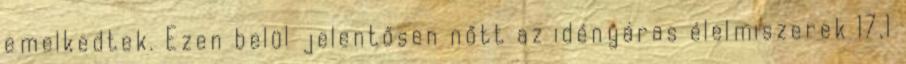
emelkedtek. Ezen belül jelentősen nőtt az idényáras élelmiszerek 17,1